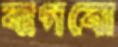
বাগবো